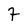
Character: 7